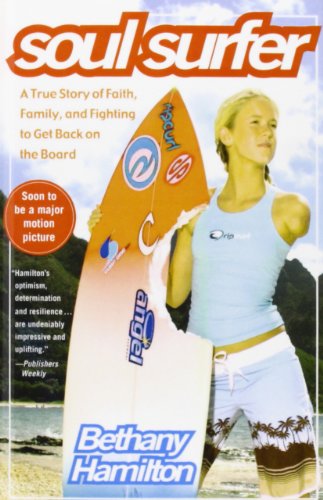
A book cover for Soul Surfer: A True Story of Faith, Family, and Fighting to Get Back on the Board; Bethany Hamilton; Sports & Outdoors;